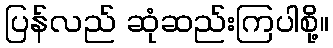
ပြန်လည် ဆုံဆည်းကြပါစို့။